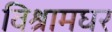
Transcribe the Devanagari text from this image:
विश्रामघर